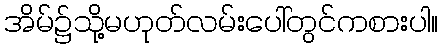
အိမ်၌သို့မဟုတ်လမ်းပေါ်တွင်ကစားပါ။